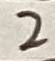
Text: 2